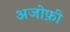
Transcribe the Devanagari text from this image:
अजोफ़ी